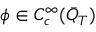
\phi \in C _ { c } ^ { \infty } ( \bar { Q } _ { T } )